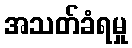
အသတ်ခံရမှု